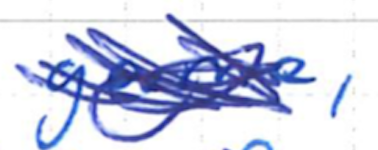
Text: game,
Cross-out: mix
Writing tool: ballpoint